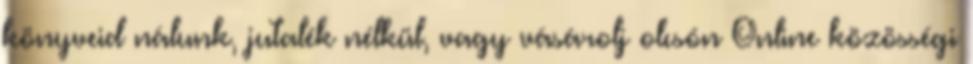
könyveid nálunk, jutalék nélkül, vagy vásárolj olcsón Online közösségi